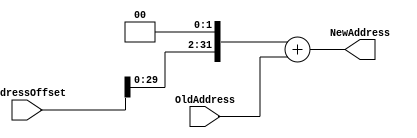
`timescale 1ns / 1ps
//////////////////////////////////////////////////////////////////////////////////
// Company: 
// Engineer: 
// 
// Design Name: 
// Module Name: BranchPlus
// Project Name: 
// Target Devices: 
// Tool Versions: 
// Description: 
// 
// Dependencies: 
// 
// Revision:
// Revision 0.01 - File Created
// Additional Comments:
// 
//////////////////////////////////////////////////////////////////////////////////

module BranchPlus(
    input [31:0] OldAddress,
    input [31:0] AddressOffset,
    output reg [31:0] NewAddress
    );
    
    always @ (OldAddress or AddressOffset) begin
        NewAddress = (AddressOffset << 2) + OldAddress;        
    end
    
endmodule